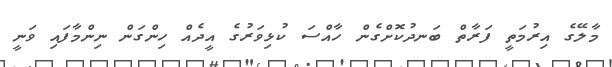
މާލޭގެ އިރުމަތީ ފަރާތް ބަނދުކޮށްގެން ހާއްސަ ކުޅިވަރުގެ އީދެއް ހިންގަން ނިންމާފައި ވަނީ